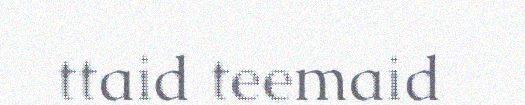
ttaid teemaid